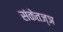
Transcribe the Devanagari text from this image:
संकेतज्ञ